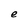
Character: e